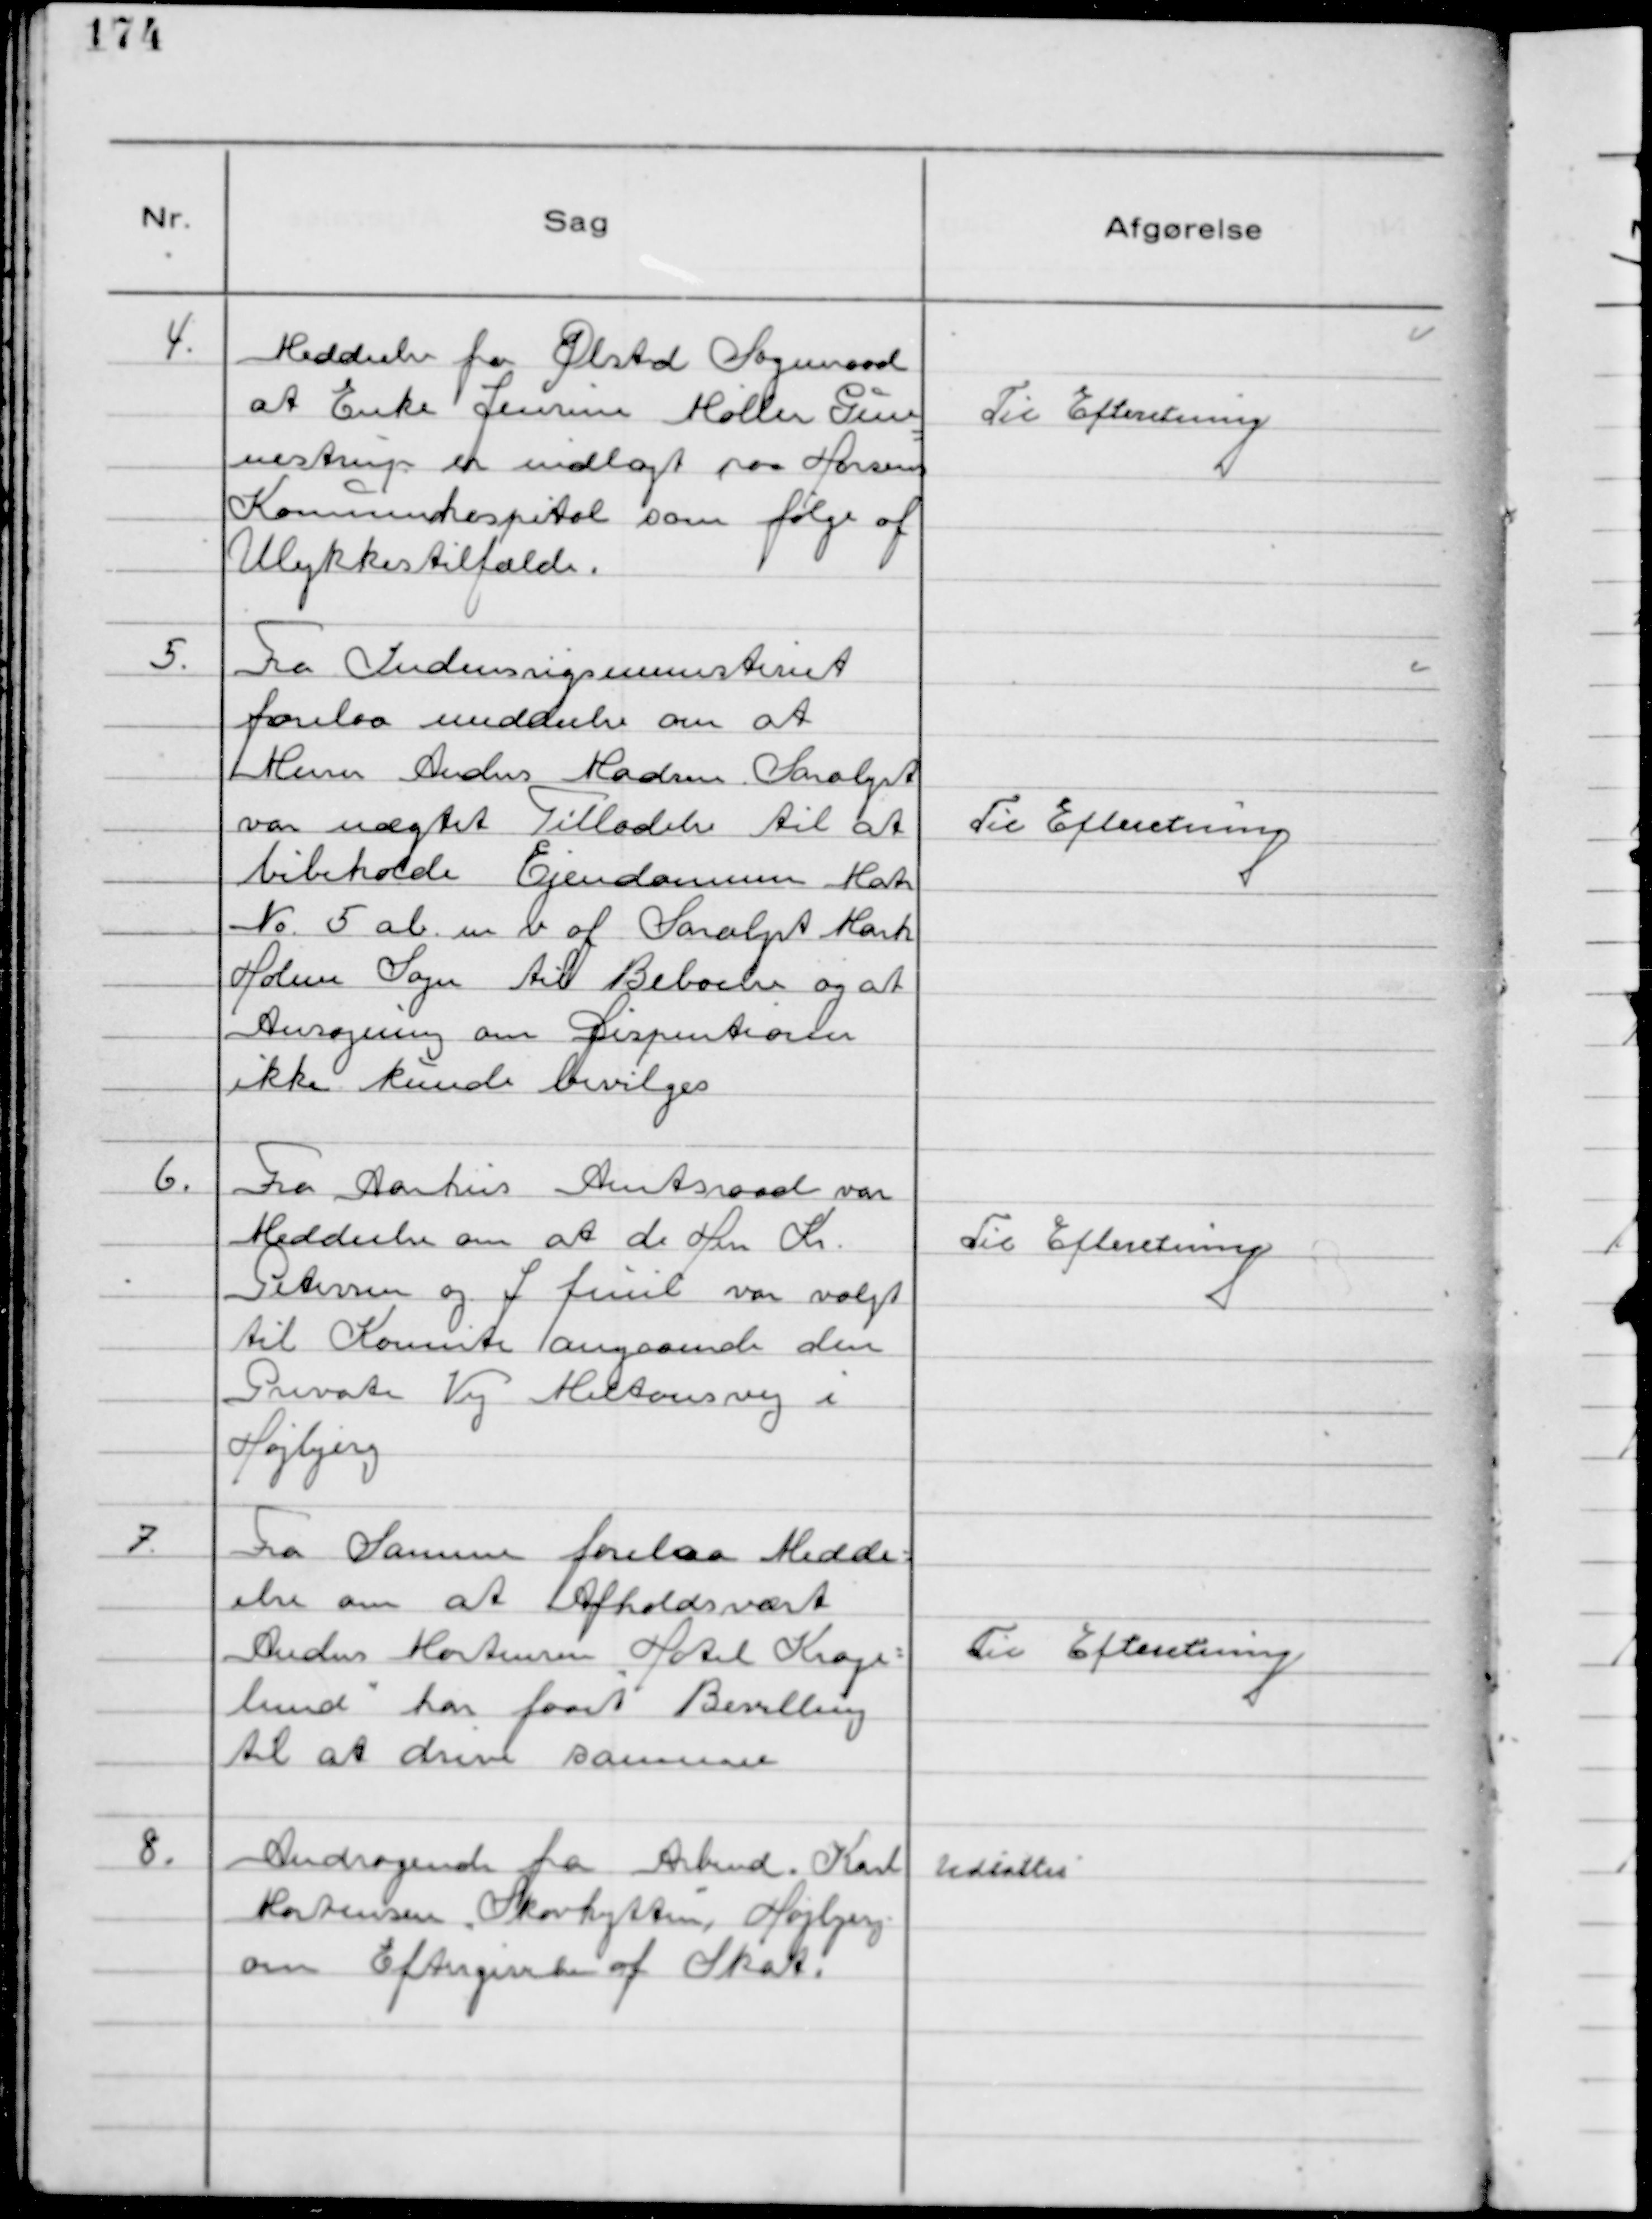
Transskription:
4.
Meddeelse fra Ølsted Sogneraad
at Enke Jensine Møller Gun
nestrup er indlagt paa Horsens
Kommunehospital som følge af
Ulykkestilfælde.

Til Efteretning

5.
Fra Indenrigsministeriet
forelaa meddeelse om at
Murer Anders Madsen Saralyst
var nægtet Tilladelse til at
bibeholde Ejendommen Matr
№ 5 ab. m. v. af Saralyst Mark
Holme Sogn til beboelse og at
Ansøgning om Dispentionen
ikke kunde bevilges

Til Efteretning

6.
Fra Aarhus Amtsraad var
Meddeelse om at de Her Kr.
Petersen og J. Juul var valgt
til Komite angaaende den
Private Vej Miltonsvej i
Højbjerg

Til Efteretning

7.
Fra Samme forelaa Medde-
else om at Afholdsvært
Anders Mortensen "Hotel Krage-
lund" har faaet Bevilling
til at drive samme

Til Efteretning

8.
Andragende fra Arbmd. Karl
Mortensen "Skovhytten", Højbjerg
om Eftergivelse af Skat.

Udsattes